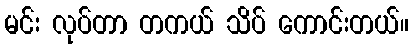
မင်း လုပ်တာ တကယ် သိပ် ကောင်းတယ်။